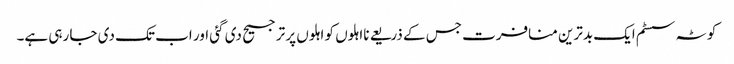
کوٹہ سسٹم ایک بدترین منافرت جس کے ذریعے نااہلوں کو اہلوں پر ترجیح دی گئی اور اب تک دی جا رہی ہے۔